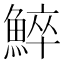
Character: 䱣